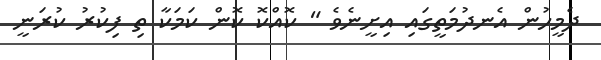
ދެމީހުން އެނދުމަތީގައި އިށީނެވެ " ކޮއްކޮ ކޮން ކަމަކާ ތި ފިކުރު ކުރަނީ